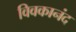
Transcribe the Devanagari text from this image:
विवकानंद